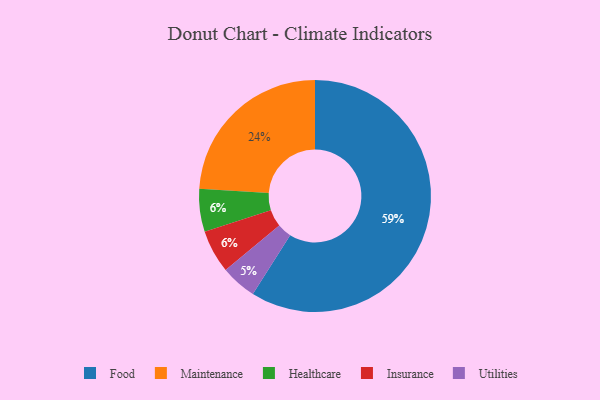
{"axis": {"x": "Category", "y": "Percentage"}, "legend": ["Food", "Healthcare", "Insurance", "Maintenance", "Utilities"], "data": [{"x": "Maintenance", "y": 24, "type": "Maintenance"}, {"x": "Healthcare", "y": 6, "type": "Healthcare"}, {"x": "Utilities", "y": 5, "type": "Utilities"}, {"x": "Insurance", "y": 6, "type": "Insurance"}, {"x": "Food", "y": 59, "type": "Food"}]}